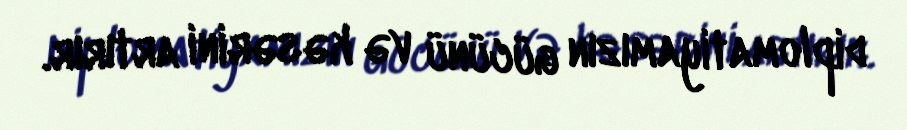
diplomatiyamızın gücünü və kəsərini artırır.